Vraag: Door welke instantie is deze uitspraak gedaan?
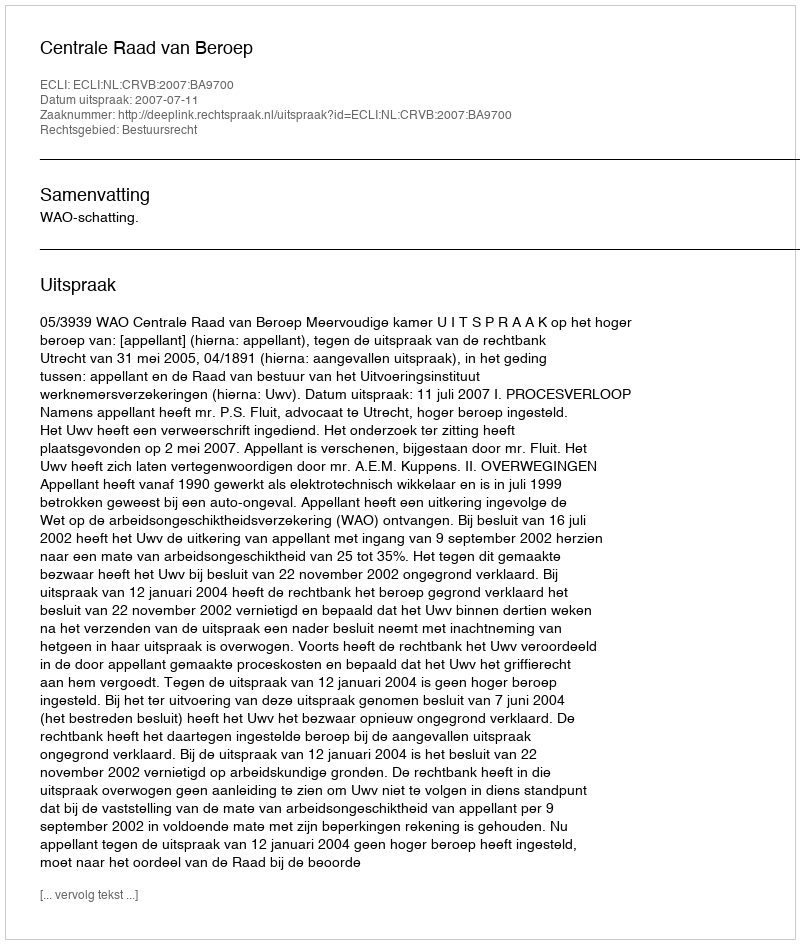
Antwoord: Centrale Raad van Beroep